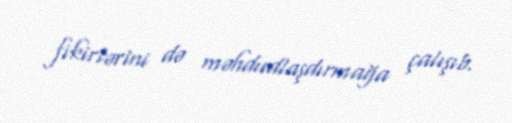
fikirlərini də məhdudlaşdırmağa çalışıb.